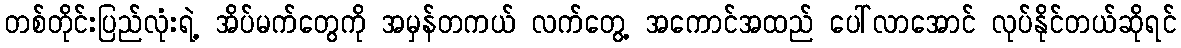
တစ်တိုင်းပြည်လုံးရဲ့ အိပ်မက်တွေကို အမှန်တကယ် လက်တွေ့ အကောင်အထည် ပေါ်လာအောင် လုပ်နိုင်တယ်ဆိုရင်